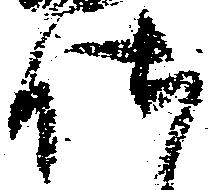
仕